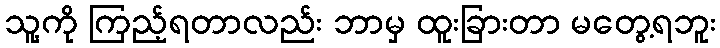
သူ့ကို ကြည့်ရတာလည်း ဘာမှ ထူးခြားတာ မတွေ့ရဘူး